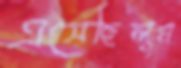
এসেছিলুম